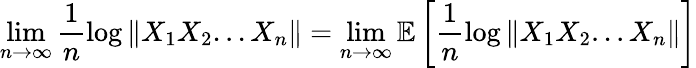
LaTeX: \operatorname*{lim}_{n\to\infty}\frac{1}{n}\log\| X_{1}X_{2}...X_{n}\| =\operatorname*{lim}_{n\to\infty}\mathbb{E}\left[\frac{1}{n}\log\| X_{1}X_{2}...X_{n}\| \right]